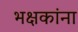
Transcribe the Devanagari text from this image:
भक्षकांना